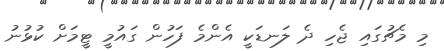
މި މެޗުގައި ޖެހި ދެ ލަނޑަކީ އެންމެ ފަހުން ގައުމީ ޓީމަށް ކުޅުނު